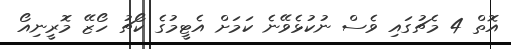
އޮތް 4 މެޗުގައި ވެސް ނުކުޅެވޭނެ ކަމަށް އެޓީމުގެ ކޯޗު ހޯޒޭ މޮރީނިއޯ